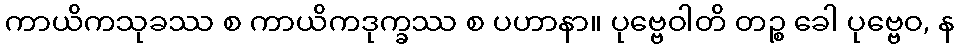
ကာယိကသုခဿ စ ကာယိကဒုက္ခဿ စ ပဟာနာ။ ပုဗ္ဗေဝါတိ တဉ္စ ခေါ ပုဗ္ဗေဝ, န